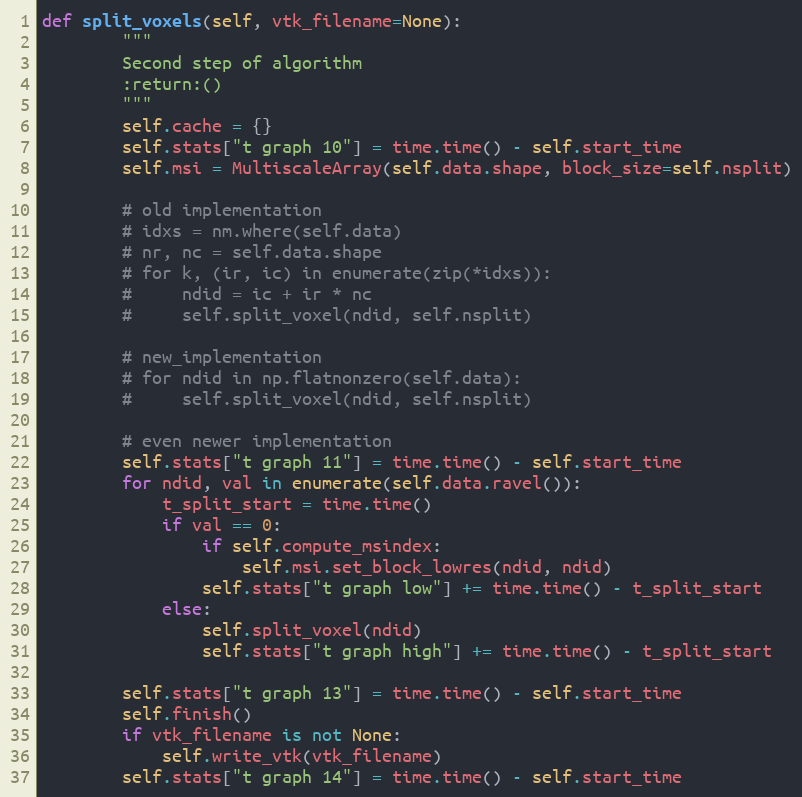
Language: Python
def split_voxels(self, vtk_filename=None):
        """
        Second step of algorithm
        :return:()
        """
        self.cache = {}
        self.stats["t graph 10"] = time.time() - self.start_time
        self.msi = MultiscaleArray(self.data.shape, block_size=self.nsplit)

        # old implementation
        # idxs = nm.where(self.data)
        # nr, nc = self.data.shape
        # for k, (ir, ic) in enumerate(zip(*idxs)):
        #     ndid = ic + ir * nc
        #     self.split_voxel(ndid, self.nsplit)

        # new_implementation
        # for ndid in np.flatnonzero(self.data):
        #     self.split_voxel(ndid, self.nsplit)

        # even newer implementation
        self.stats["t graph 11"] = time.time() - self.start_time
        for ndid, val in enumerate(self.data.ravel()):
            t_split_start = time.time()
            if val == 0:
                if self.compute_msindex:
                    self.msi.set_block_lowres(ndid, ndid)
                self.stats["t graph low"] += time.time() - t_split_start
            else:
                self.split_voxel(ndid)
                self.stats["t graph high"] += time.time() - t_split_start

        self.stats["t graph 13"] = time.time() - self.start_time
        self.finish()
        if vtk_filename is not None:
            self.write_vtk(vtk_filename)
        self.stats["t graph 14"] = time.time() - self.start_time